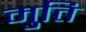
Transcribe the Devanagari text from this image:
मुति